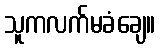
သူကလက်မခံချေ။